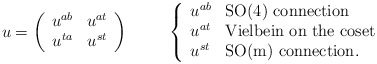
\begin{align*}u = \left(\begin{array}{cc}u^{ab} & u^{at}\\ u^{ta} & u^{st}\end{array}\right) \hskip 1cm \left\{\begin{array}{ll}u^{ab} & \mbox{SO(4) connection} \\u^{at} & \mbox{Vielbein on the coset}\\u^{st} & \mbox{SO(m) connection.} \end{array}\right.\end{align*}